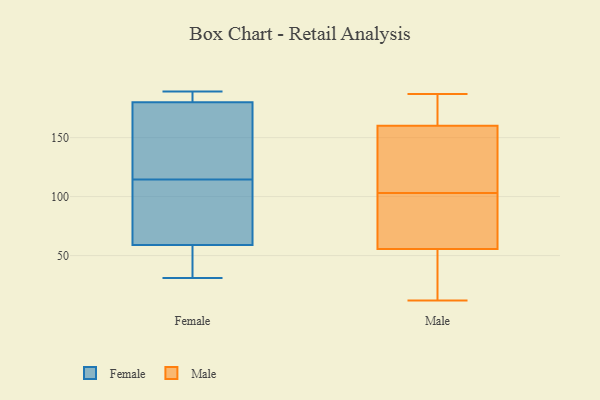
{"axis": {"x": "Satisfaction Score", "y": "Value"}, "legend": ["Female", "Male"], "data": [{"x": "", "y": 117, "type": "Female"}, {"x": "", "y": 104, "type": "Female"}, {"x": "", "y": 180, "type": "Female"}, {"x": "", "y": 31, "type": "Female"}, {"x": "", "y": 188, "type": "Female"}, {"x": "", "y": 189, "type": "Female"}, {"x": "", "y": 34, "type": "Female"}, {"x": "", "y": 155, "type": "Female"}, {"x": "", "y": 59, "type": "Female"}, {"x": "", "y": 112, "type": "Female"}, {"x": "", "y": 113, "type": "Male"}, {"x": "", "y": 187, "type": "Male"}, {"x": "", "y": 106, "type": "Male"}, {"x": "", "y": 53, "type": "Male"}, {"x": "", "y": 138, "type": "Male"}, {"x": "", "y": 12, "type": "Male"}, {"x": "", "y": 23, "type": "Male"}, {"x": "", "y": 182, "type": "Male"}, {"x": "", "y": 67, "type": "Male"}, {"x": "", "y": 149, "type": "Male"}, {"x": "", "y": 171, "type": "Male"}, {"x": "", "y": 58, "type": "Male"}, {"x": "", "y": 100, "type": "Male"}, {"x": "", "y": 177, "type": "Male"}, {"x": "", "y": 90, "type": "Male"}, {"x": "", "y": 24, "type": "Male"}]}